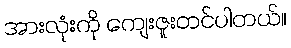
အားလုံးကို ကျေးဇူးတင်ပါတယ်။